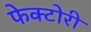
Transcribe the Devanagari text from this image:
फेक्टोरी